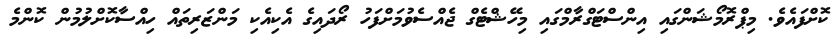
ކޮށްފައެވެ. މިޕްރޮމޯޝަންގައި އިންސްޓަގްރާމްގައި މިހޭޝްޓެގް ޖެއްސެވުމަށްފަހު ރޯދައިގެ އެކިއެކި މަންޒަރިތައް ހިއްސާކޮށްލުމުން ކޮންމެ